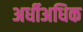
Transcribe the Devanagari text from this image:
अर्धीअधिक